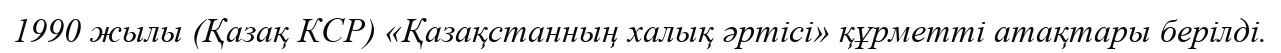
1990 жылы (Қазақ КСР) «Қазақстанның халық әртісі» құрметті атақтары берілді.